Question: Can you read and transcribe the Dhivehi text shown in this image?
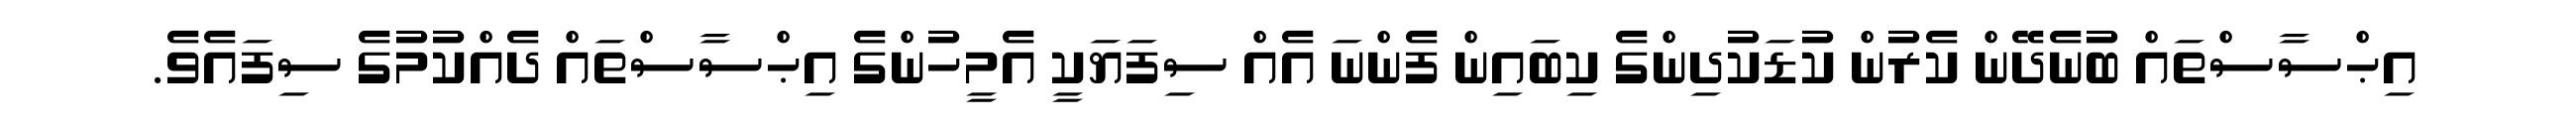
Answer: އިޙްސާސްތައް ބުނެދޭން ކެރުން ކުޑަކުދިންގެ ކިބައިން ފެންނަ އެއް ސިފަޔަކީ އެމީހުންގެ އިޙްސާސްތައް ދެއްކުމުގެ ސިފައެވެ.